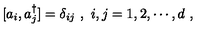
[ a _ { i } , a _ { j } ^ { \dagger } ] = \delta _ { i j } \ , \ i , j = 1 , 2 , \cdots , d \ ,